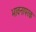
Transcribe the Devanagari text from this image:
भावनापरक